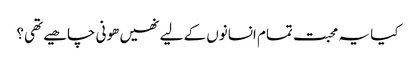
کیا یہ محبت تمام انسانوں کے لیے نھیں ھونی چاھیے تھی؟